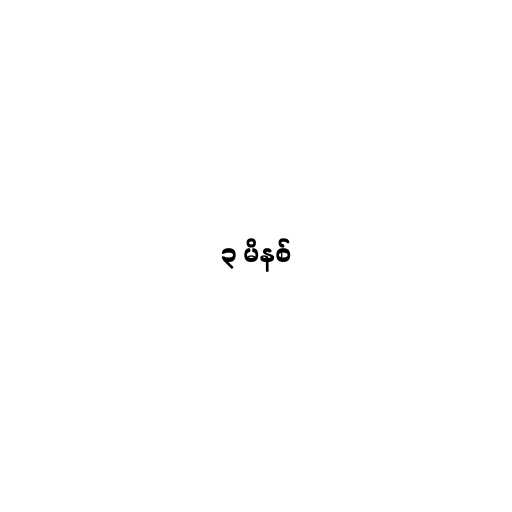
၃ မိနစ်